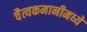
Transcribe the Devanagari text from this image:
चैत्यकमानीमध्ये